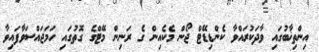
އިންތިޚާބުގައި ވާދަކުރައްވާ ކެންޑިޑޭޓް ޖޯން މެކެއިން ގެ ރަނިން މޭޓްގެ ގޮތުގައި ހަމަޖައްސަވާފައިވާ